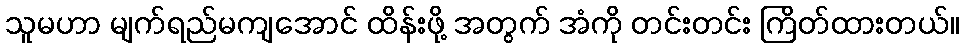
သူမဟာ မျက်ရည်မကျအောင် ထိန်းဖို့ အတွက် အံကို တင်းတင်း ကြိတ်ထားတယ်။